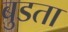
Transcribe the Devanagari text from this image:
बुडता